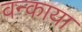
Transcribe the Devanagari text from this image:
वन्काया